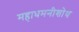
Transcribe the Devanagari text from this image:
महाधमनीशोथ